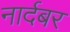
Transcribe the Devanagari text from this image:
नार्दबर